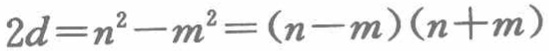
\(A_{1}A_{2}\cdots A_{k}的周界<A_{1}A_{2}\cdots M的周界\)